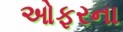
ઓફરના